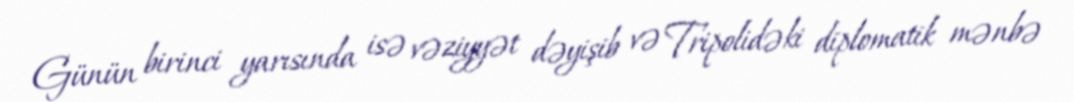
Günün birinci yarısında isə vəziyyət dəyişib və Tripolidəki diplomatik mənbə